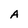
Character: A